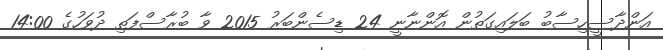
އަންދާސީހިސާބު ބަލައިގަތުން އޮންނާނީ 24 ޑިސެންބަރު 2015 ވާ ބުރާސްފަތި ދުވަހުގެ 14:00